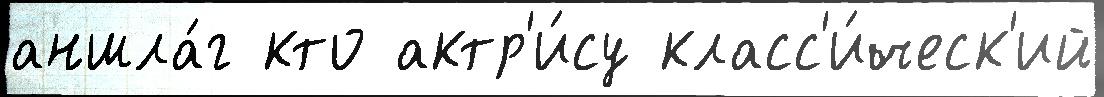
аншла́г кто актр'и́су класс'и́ческ'ий